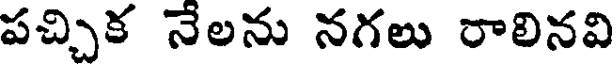
పచ్చిక నేలను నగలు రాలినవి